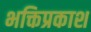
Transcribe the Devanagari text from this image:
भक्तिप्रकाश